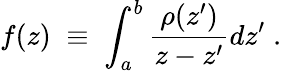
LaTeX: f(z)\; \equiv\; \int_{a}^{b}{\frac{\rho(z^{\prime})}{z-z^{\prime}}}dz^{\prime}\; .